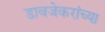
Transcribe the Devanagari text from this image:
डावजेकरांच्या